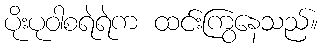
ပိုးပုဝါစရဲရဲက ထင်းကြွနေသည်။